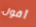
أقول